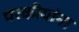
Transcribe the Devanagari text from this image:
परकीयांना